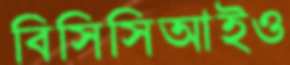
বিসিসিআইও